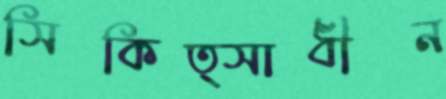
সিকিত্সাধীন